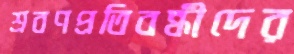
শ্রবণপ্রতিবন্ধীদের